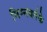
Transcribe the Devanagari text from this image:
निम्नबर्गके